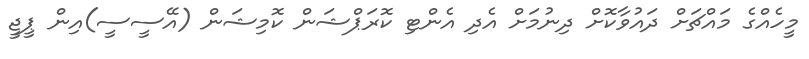
މީހެއްގެ މައްޗަށް ދައުވާކޮށް ދިނުމަށް އެދި އެންޓި ކޮރަޕްޝަން ކޮމިޝަން (އޭސީސީ)އިން ޕީޖީ